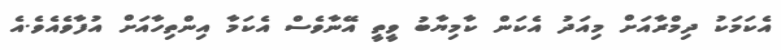
އެކަމަކު ދިމްރާއަށް މިއަދު އެކަން ކާމިޔާބު ވީތީ އޭނާވެސް އެކަމާ އިންތިހާއަށް އުފާވެއެވެ.އެ